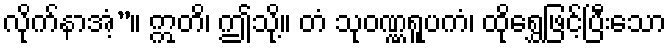
လိုက်နာအံ့”။ ဣတိ၊ ဤသို့။ တံ သုဝဏ္ဏရူပကံ၊ ထိုရွှေဖြင့်ပြီးသော